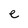
Character: e